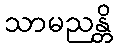
သာမညန္တိ